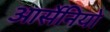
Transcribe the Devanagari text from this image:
आर्सेनियो